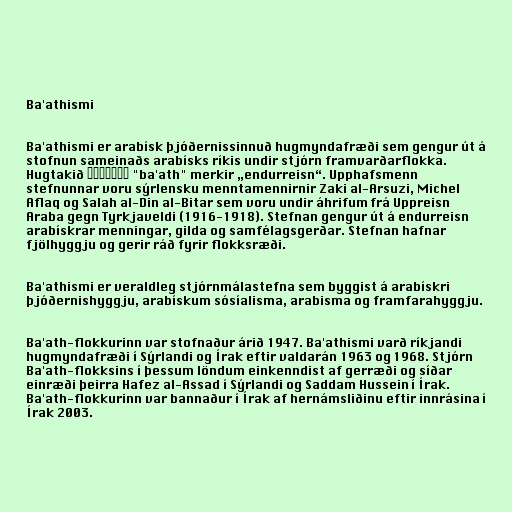
Ba'athismi

Ba'athismi er arabísk þjóðernissinnuð hugmyndafræði sem gengur út á
stofnun sameinaðs arabísks ríkis undir stjórn framvarðarflokka.
Hugtakið البعثية‎‎ "ba'ath" merkir „endurreisn“. Upphafsmenn
stefnunnar voru sýrlensku menntamennirnir Zaki al-Arsuzi, Michel
Aflaq og Salah al-Din al-Bitar sem voru undir áhrifum frá Uppreisn
Araba gegn Tyrkjaveldi (1916-1918). Stefnan gengur út á endurreisn
arabískrar menningar, gilda og samfélagsgerðar. Stefnan hafnar
fjölhyggju og gerir ráð fyrir flokksræði.

Ba'athismi er veraldleg stjórnmálastefna sem byggist á arabískri
þjóðernishyggju, arabískum sósíalisma, arabisma og framfarahyggju.

Ba'ath-flokkurinn var stofnaður árið 1947. Ba'athismi varð ríkjandi
hugmyndafræði í Sýrlandi og Írak eftir valdarán 1963 og 1968. Stjórn
Ba'ath-flokksins í þessum löndum einkenndist af gerræði og síðar
einræði þeirra Hafez al-Assad í Sýrlandi og Saddam Hussein í Írak.
Ba'ath-flokkurinn var bannaður í Írak af hernámsliðinu eftir innrásina í
Írak 2003.